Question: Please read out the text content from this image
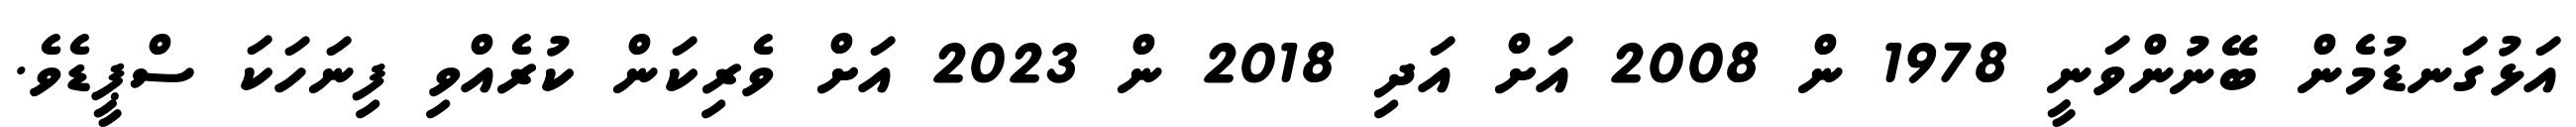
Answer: އަޅުގަނޑުމެން ބޭނުންވަނީ 1978 ން 2008 އަށް އަދި 2018 ން 2023 އަށް ވެރިކަން ކުރެއްވި ފިނަހަކަ ސްޕީޑެވެ.